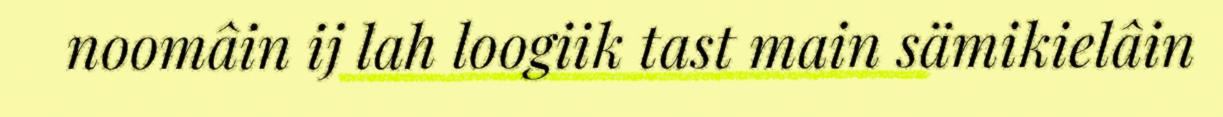
noomâin ij lah loogiik tast main sämikielâin